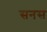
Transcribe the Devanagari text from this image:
सनस